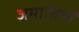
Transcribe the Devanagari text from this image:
जमातियों